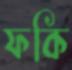
ফকি